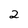
Character: 2